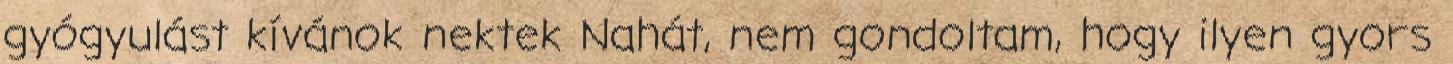
gyógyulást kívánok nektek Nahát, nem gondoltam, hogy ilyen gyors